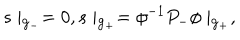
LaTeX: s \mid _ { { \bf g } _ { - } } = 0 , s \mid _ { { \bf g } _ { + } } = \phi ^ { - 1 } P _ { - } \phi \mid _ { { \bf g } _ { + } } ,